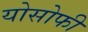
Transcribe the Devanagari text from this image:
योसोफी